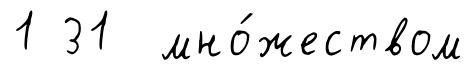
1 31 мно́жеством